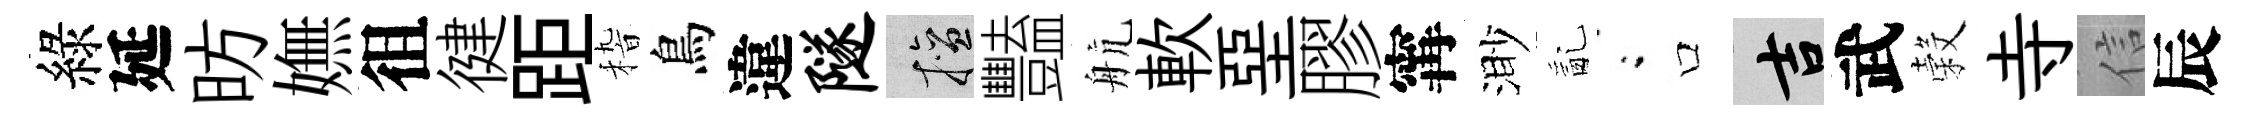
綠延昉嫵徂徤距𥟵鳥違隧擅豔航軟堊膠𡩋渺亂閤口吉武穀寺信辰